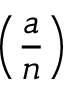
\left( { \frac { a } { n } } \right)